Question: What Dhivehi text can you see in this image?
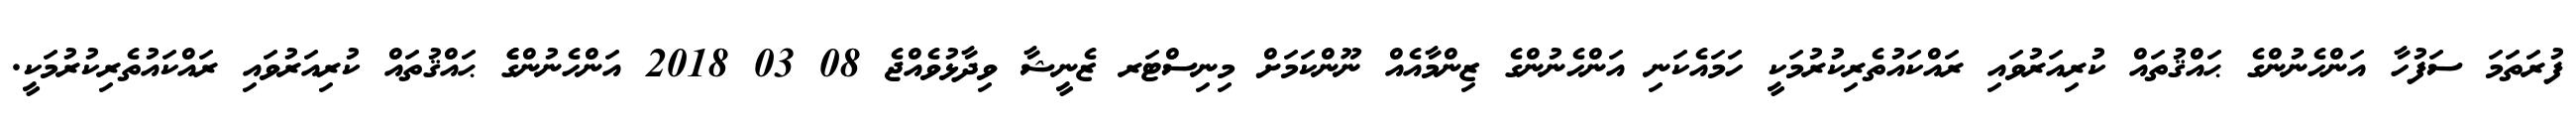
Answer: ފުރަތަމަ ސަފުހާ އަންހެނުންގެ ޙައްޤުތައް ކުރިއަރުވައި ރައްކައުތެރިކުރުމަކީ ހަމައެކަނި އަންހެނުންގެ ޒިންމާއެއް ނޫންކަމަށް މިނިސްޓަރ ޒެނީޝާ ވިދާޅުވެއްޖެ 08 03 2018 އަންހެނުންގެެ ޙައްޤުތައް ކުރިއަރުވައި ރައްކައުތެރިކުރުމަކީ.